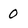
Character: 0